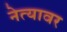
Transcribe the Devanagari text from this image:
नेत्यावर